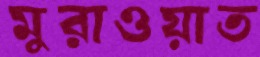
মুরাওয়াত